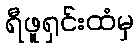
ရီဖူရှင်းထံမှ